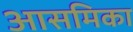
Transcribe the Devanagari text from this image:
आसमिका